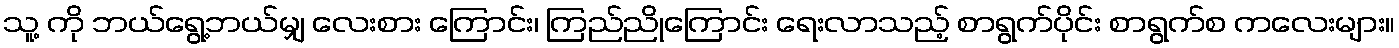
သူ့ ကို ဘယ်ရွေ့ဘယ်မျှ လေးစား ကြောင်း၊ ကြည်ညိုကြောင်း ရေးလာသည့် စာရွက်ပိုင်း စာရွက်စ ကလေးများ။